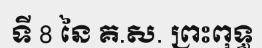
ទី 8 នៃ គ.ស. ព្រះពុទ្ធ